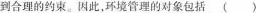
到合理的约束。因此，环境管理的对象包括（）